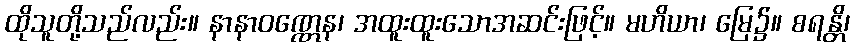
ထိုသူတို့သည်လည်း။ နာနာဝဏ္ဏေန၊ အထူးထူးသောအဆင်းဖြင့်။ မဟိယာ၊ မြေ၌။ စရန္တိ၊